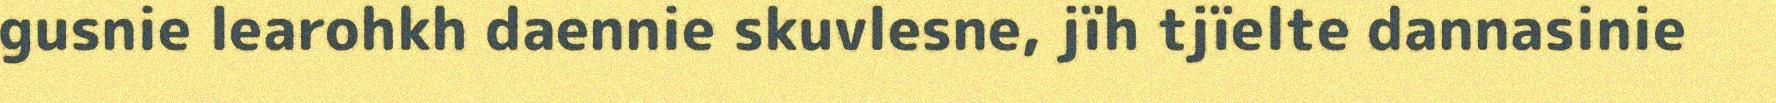
gusnie learohkh daennie skuvlesne, jïh tjïelte dannasinie